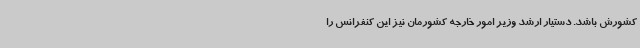
کشورش باشد. دستیار ارشد وزیر امور خارجه کشورمان نیز این کنفرانس را